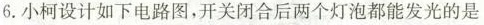
6.小柯设计如下电路图，开关闭合后两个灯泡都能发光的是